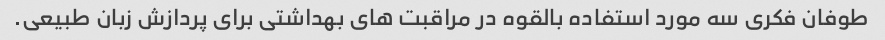
طوفان فکری سه مورد استفاده بالقوه در مراقبت های بهداشتی برای پردازش زبان طبیعی.